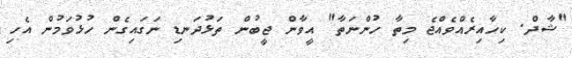
"ޝާދް. ކިހާއިރެއްވެއްޖެ މިތާ ހުންނަތާ" އީވާން ޖީބުން ތަޅުދަނޑި ނަގައިގެން ހުޅުވަމުން އެހި